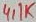
Text: 4,1K